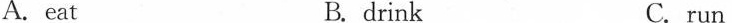
A.eat B.drank C.run